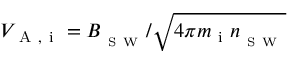
V _ { \mathrm { ~ A ~ , ~ i ~ } } = B _ { _ { \mathrm { ~ S ~ W ~ } } } / \sqrt { 4 \pi m _ { \mathrm { ~ i ~ } } n _ { _ { \mathrm { ~ S ~ W ~ } } } }